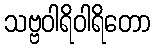
သဗ္ဗဝါရိဝါရိတော